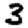
Digit: 3